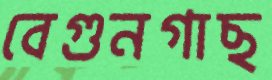
বেগুনগাছ